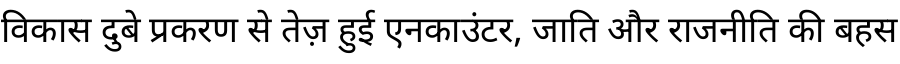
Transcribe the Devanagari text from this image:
विकास दुबे प्रकरण से तेज़ हुई एनकाउंटर, जाति और राजनीति की बहस